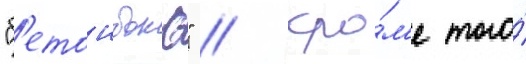
"б'етонбокс" // Кро́м'е того́